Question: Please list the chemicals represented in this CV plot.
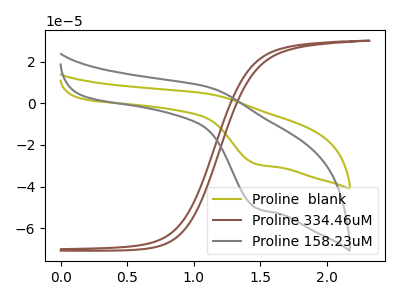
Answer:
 <answer>The olive curve is labeled "Proline  blank". The brown curve is labeled "Proline 334.46uM". The gray curve is labeled "Proline 158.23uM".</answer>
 <eval></eval>